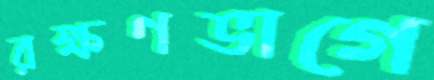
রক্ষণভাগে